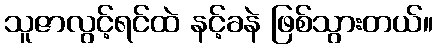
သူဇာလွင့်ရင်ထဲ နင့်ခနဲ ဖြစ်သွားတယ်။